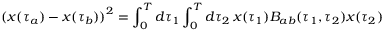
{ ( x ( \tau _ { a } ) - x ( \tau _ { b } ) ) } ^ { 2 } = \int _ { 0 } ^ { T } d \tau _ { 1 } \int _ { 0 } ^ { T } d \tau _ { 2 } \, x ( \tau _ { 1 } ) B _ { a b } ( \tau _ { 1 } , \tau _ { 2 } ) x ( \tau _ { 2 } )